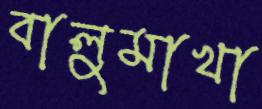
বালুমাখা